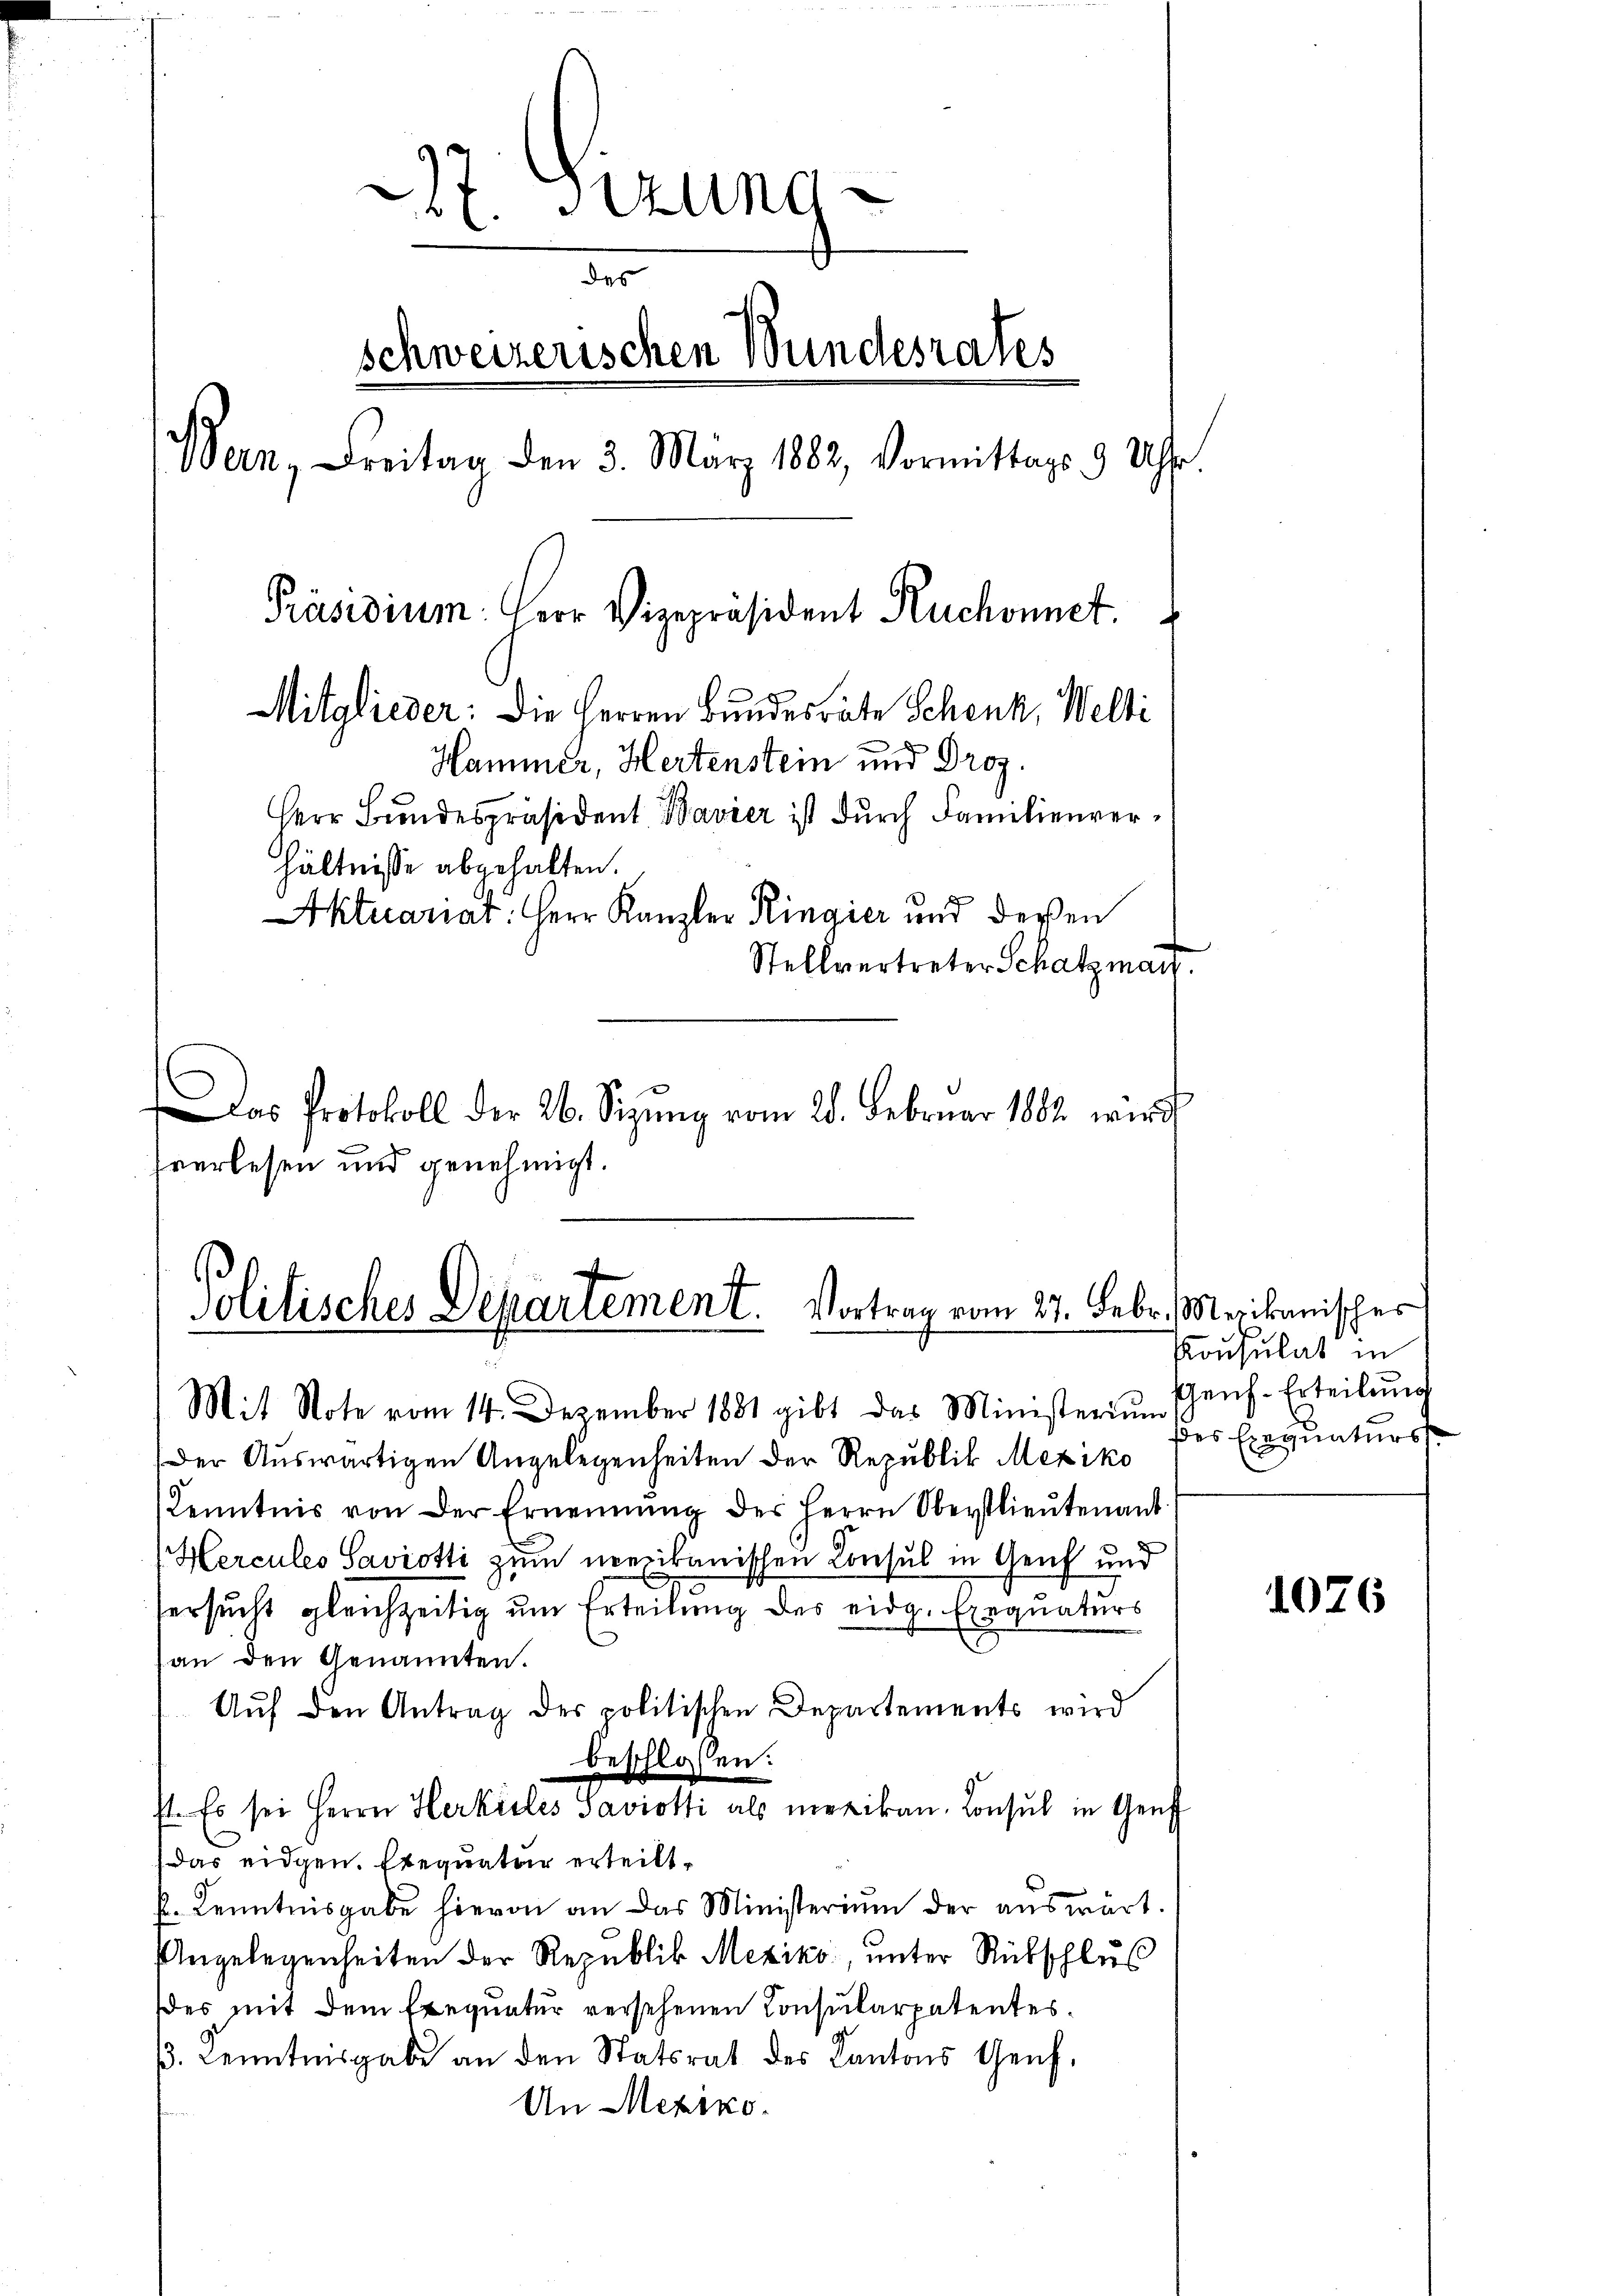
7. Stund
1
schweizerischen Bundesrates
.
Bern, Freitag den 3. März 1882, Vormittags 9 Uhr.
Präsidium: Herr Vizepräsident Ruchonnet.
Mitglieder: die Herren Bundesräte Schenk, Welti
Hammer, Hertenstein und Droz.
Herr Bundespräsident Bavier ist durch Familienverhältnisse abgehalten.
Aktuariat: Herr Kanzler Ringier und dersen
Stellvertreter Schatzmark

Das Protokoll der 26. Sizŭng vom 28. Februar 1882 wird
pverlesen und genehmigt.

Politisches Departement. Vortrag vom 27. Febr.
Mit Note vom 14. Dezember 1881 gibt das Ministerium sens-Erteilŭng

Der Auswärtigen Angelegenheiten der Republik Mexiko
Kenntnis von der Ernennung der Herrn Oberstlieutenant
Hercules Saviotti zum neexikanischen Consul in Genf und
ersucht gleichzeitig um Erteilung des eidg. Exequaturs
an den Genannten.
Aŭf den Antrag der politischen Departements wird
beschlossen:
st. Es sei Herrn Herkules Saviotti als mexikan. Consul in Genf
das eidgen. Exequatur erteilt,
p. Kenntnisgabe hievon an das Ministerium der auswärt
Angelegenheiten der Republik Mexiko, unter Rückschluß
es mit dem Exequatur versehenen Consularpatentesβ. Kenntnisgabe an den Statsrat des Kantons Genf,
An Mexiko

Merikanisches
Konsulat in
des Exequaturs

1076